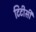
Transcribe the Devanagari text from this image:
टिटीसी